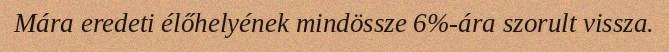
Mára eredeti élőhelyének mindössze 6%-ára szorult vissza.